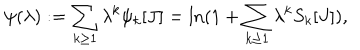
\psi ( \lambda ) : = \sum _ { k \geq 1 } \lambda ^ { k } \psi _ { k } [ J ] = \ln ( 1 + \sum _ { k \geq 1 } \lambda ^ { k } S _ { k } [ J ] ) ,